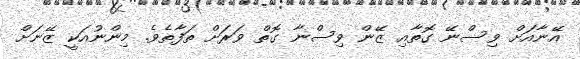
އޭނާއަށް ވިސްނޭ ގޮތާއި ޒޭން ވިސްނާ ގޮތް ވަރަށް ތަފާތެވެ. މިންނުއަކީ ޒޭނަށް